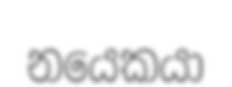
නයෙකයා